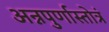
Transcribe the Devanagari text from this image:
अन्नपुर्णास्तोत्रं